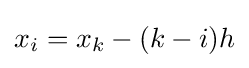
{x}_{i}={x}_{k}-(k-i)h